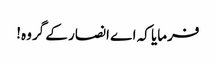
فرمایا کہ اے انصار کے گروہ!